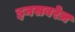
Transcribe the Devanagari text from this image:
इनसबरेज़